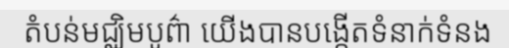
តំបន់មជ្ឈិមបូព៌ា យើងបានបង្កើតទំនាក់ទំនង